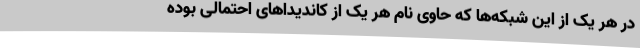
در هر یک از این شبکه‌ها که حاوی نام هر یک از کاندیداهای احتمالی بوده